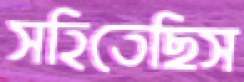
সহিতেছিস